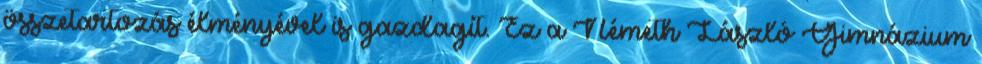
összetartozás élményével is gazdagít. Ez a Németh László Gimnázium